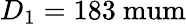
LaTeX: D_{1}=183\mathrm{\ mum}